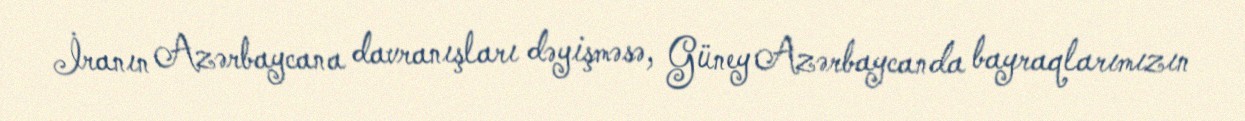
İranın Azərbaycana davranışları dəyişməsə, Güney Azərbaycanda bayraqlarımızın